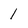
Character: 1